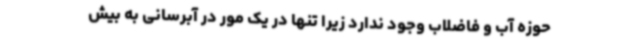
حوزه آب و فاضلاب وجود ندارد زیرا تنها در یک مور در آبرسانی به بیش